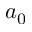
a _ { 0 }